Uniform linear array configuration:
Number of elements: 4
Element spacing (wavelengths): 0.75
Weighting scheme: blackman
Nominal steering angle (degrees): -15
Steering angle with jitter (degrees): -16.187
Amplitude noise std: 0.05
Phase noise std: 0.05

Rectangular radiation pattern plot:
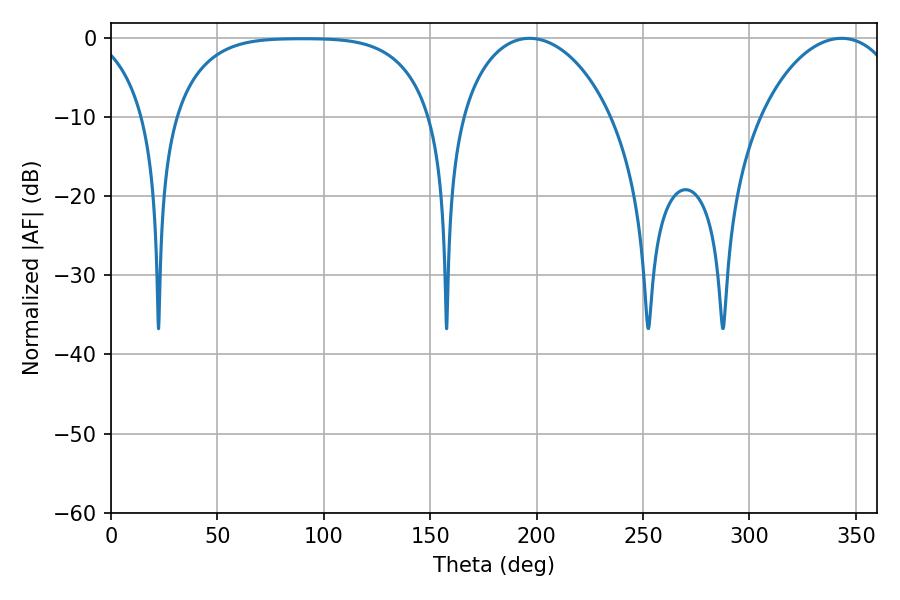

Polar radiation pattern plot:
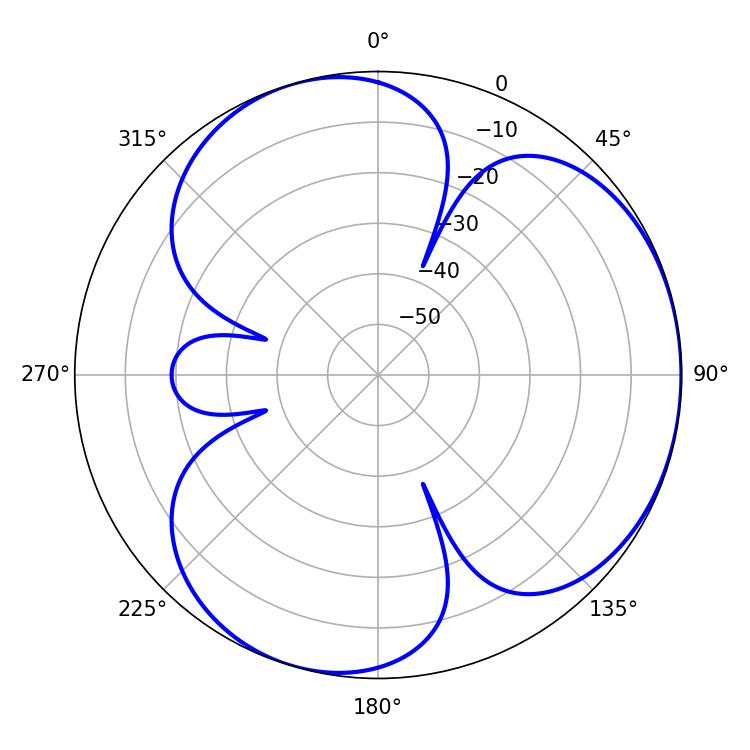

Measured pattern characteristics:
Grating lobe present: TRUE
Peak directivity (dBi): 3.648
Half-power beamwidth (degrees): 40.68
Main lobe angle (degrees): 196.74